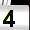
Digit: 4